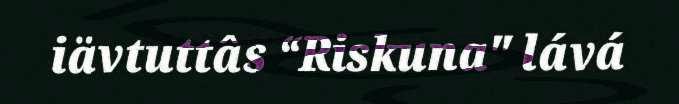
iävtuttâs “Riskuna" lává